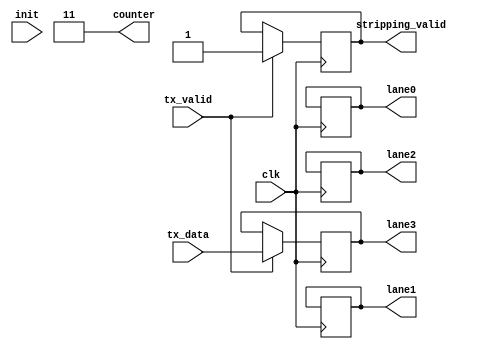
module Byte_Striping(
  //Entradas del modulo
  input wire [7:0] tx_data,
  input wire tx_valid,
  input wire clk,
  //salidas del modulo
  output reg [7:0] lane0,
  output reg [7:0] lane1,
  output reg [7:0] lane2,
  output reg [7:0] lane3,
  output reg stripping_valid,
  //Variables internas
  output reg [1:0] counter,
  input wire init
  );

  //Primera vez que entran datos
  always @ (~init) begin
  counter <= 2'b11;
  end

  always @ (posedge clk) begin
   if (init) begin
       counter <= counter + 1;
   end else begin
     counter <= 2'b11;
   end


   //Segun sea el valor del contador, asi asigna cada uno de los bytes
   case (counter)
         2'b00: if (tx_valid) begin
           lane0 <= tx_data;
           stripping_valid <= 0;
         end
         2'b01: if (tx_valid) begin
           lane1 <= tx_data;
           stripping_valid <= 0;
         end
         2'b10: if (tx_valid) begin
           lane2 <= tx_data;
           stripping_valid <= 0;
         end
         2'b11: if (tx_valid) begin
           lane3 <= tx_data;
           stripping_valid <= 1;
         end
         default: stripping_valid <= 0;
       endcase
     end
endmodule